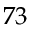
7 3